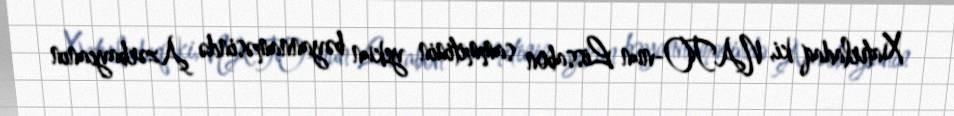
Xatırladaq ki, NATO-nun Lissabon sammitinin yekun bəyannaməsində Azərbaycanın